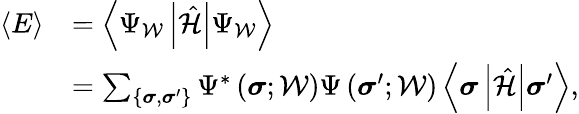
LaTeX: \begin{array}{rl}{\langle E\rangle}&{=\left\langle\Psi_{\mathcal{W}}\left|\hat{\mathcal{H}}\right|\Psi_{\mathcal{W}}\right\rangle}\\ &{=\sum_{\left\{ \boldsymbol{\sigma},\boldsymbol{\sigma}^{\prime}\right\} }\Psi^{*}\left(\boldsymbol{\sigma};\mathcal{W}\right)\Psi\left(\boldsymbol{\sigma}^{\prime};\mathcal{W}\right)\left\langle\boldsymbol{\sigma}\left|\hat{\mathcal{H}}\right|\boldsymbol{\sigma}^{\prime}\right\rangle,}\end{array}